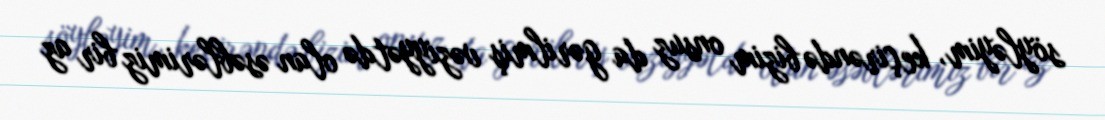
söyləyim, keçirəndə bizim onsuz da gərilmiş vəziyyətdə olan əsəblərimiz bir az